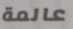
عالمة